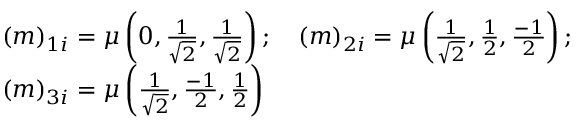
\begin{array} { l } { { ( m ) _ { 1 i } = \mu \left( 0 , \frac 1 { \sqrt { 2 } } , \frac 1 { \sqrt { 2 } } \right) ; \quad ( m ) _ { 2 i } = \mu \left( \frac 1 { \sqrt { 2 } } , \frac 1 2 , \frac { - 1 } 2 \right) ; } } \\ { { ( m ) _ { 3 i } = \mu \left( \frac 1 { \sqrt { 2 } } , \frac { - 1 } 2 , \frac 1 2 \right) } } \end{array}